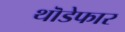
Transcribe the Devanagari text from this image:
थॊडेफार